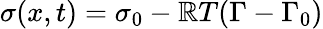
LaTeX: \sigma(x,t)=\sigma_{0}-\mathbb{R}T(\Gamma-\Gamma_{0})